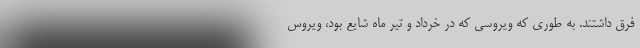
فرق داشتند. به طوری که ویروسی که در خرداد و تیر ماه شایع بود، ویروس